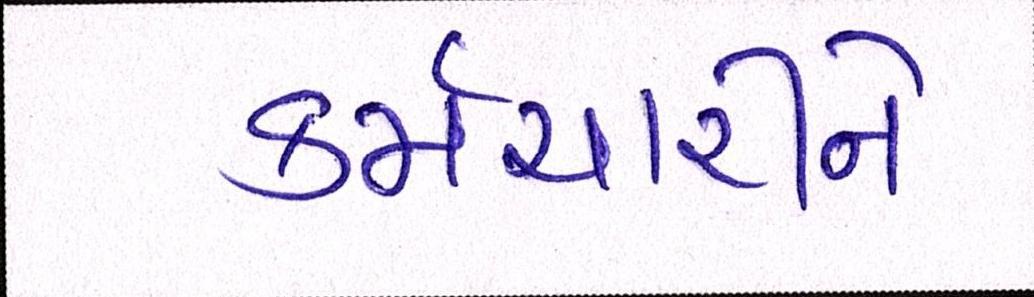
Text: કર્મચારીને